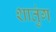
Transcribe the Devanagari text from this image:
शातुंग